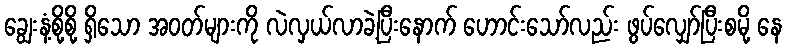
ချွေးနံ့စို့စို့ ရှိသော အဝတ်များကို လဲလှယ်လာခဲ့ပြီးနောက် ဟောင်းသော်လည်း ဖွပ်လျှော်ပြီးစမို့ နေ